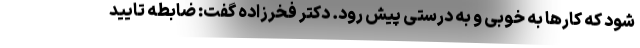
شود که کارها به خوبی و به درستی پیش رود. دکتر فخرزاده گفت: ضابطه تایید